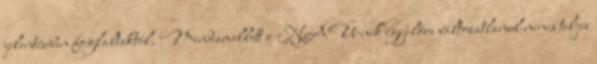
jelentésében foglaltaktól. Mindamellett a NAÜ-nek egyelőre változatlanul nincs teljes